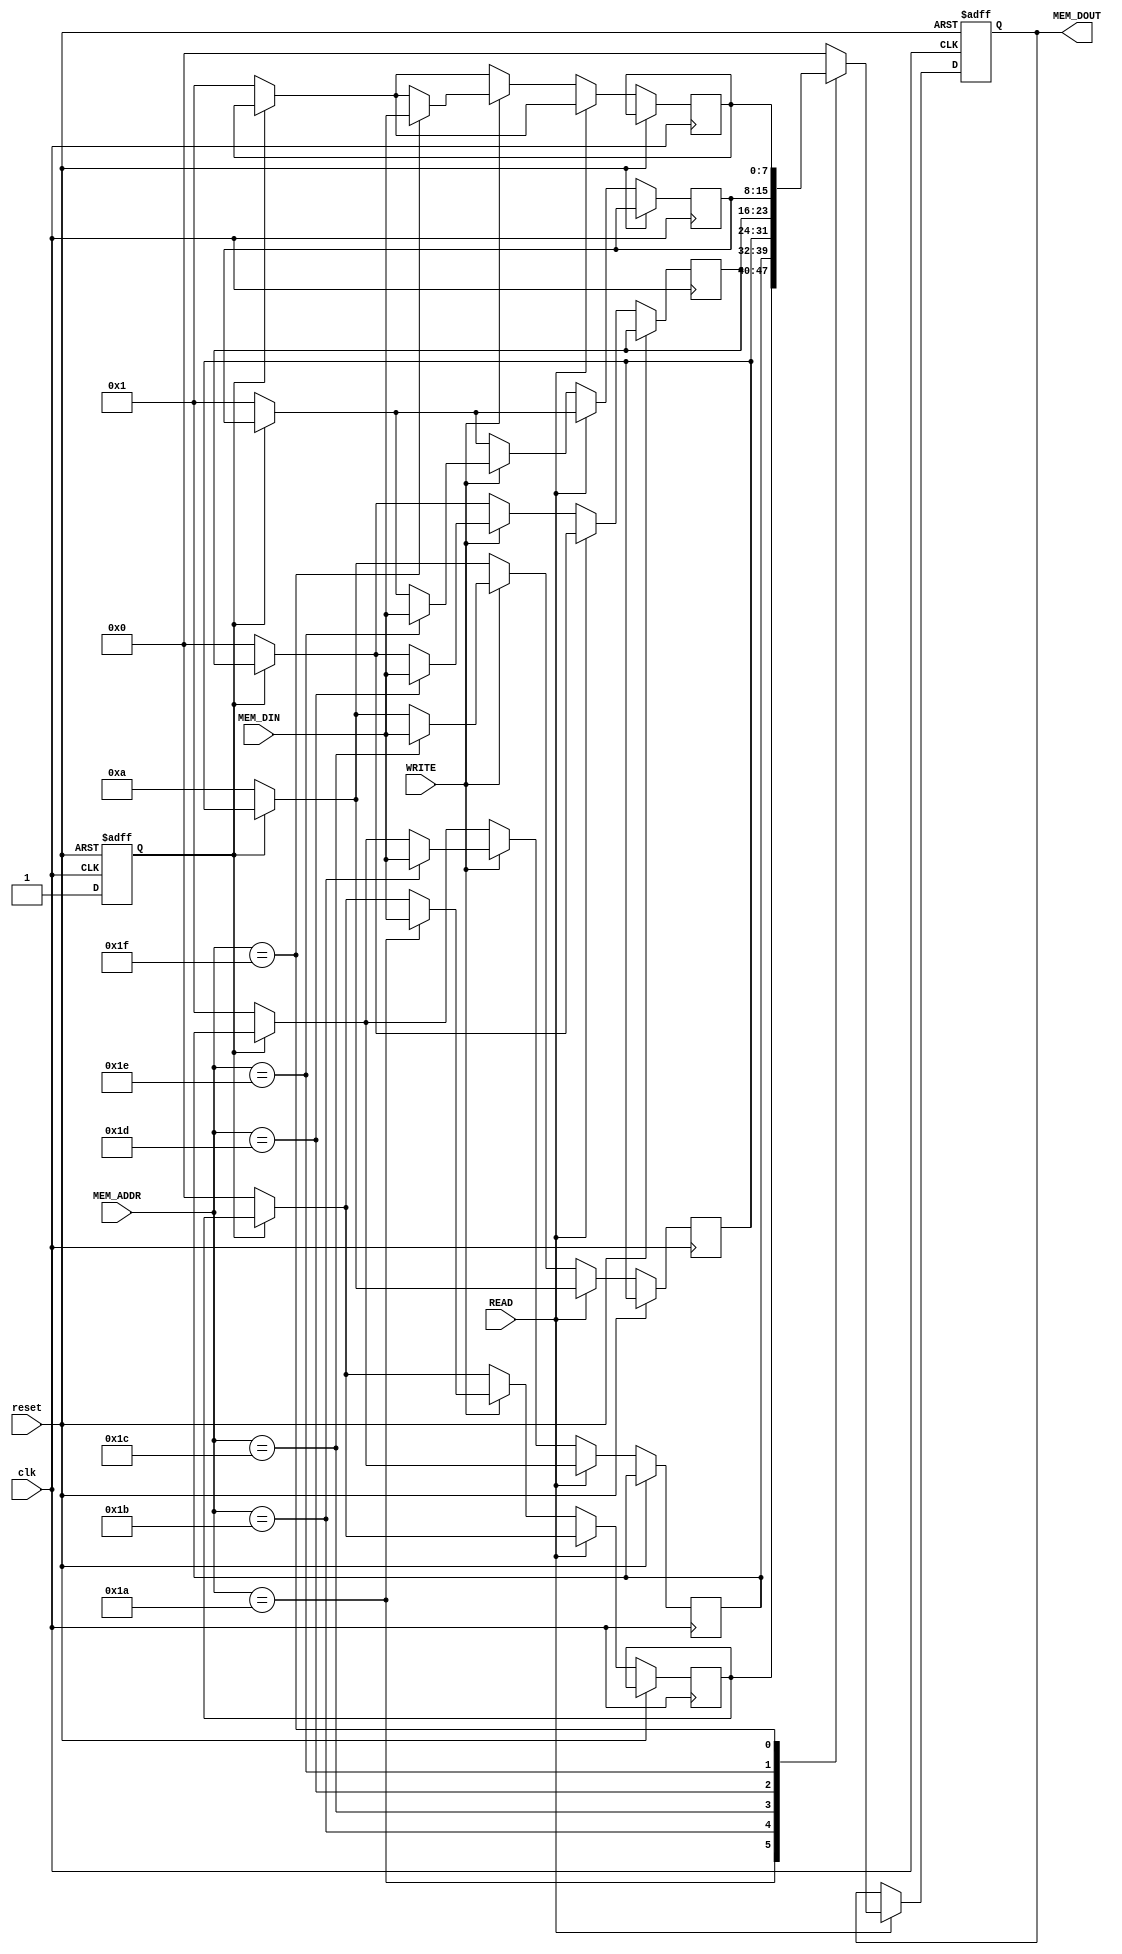
module dataram(reset,clk,READ,WRITE,MEM_ADDR,MEM_DIN,MEM_DOUT);

	input reset           ;
	input clk             ;
	input READ,WRITE      ;
	input [4:0] MEM_ADDR  ;
	input [7:0] MEM_DIN ;

	output [7:0] MEM_DOUT;

	reg [7:0] MEM_DOUT;
                  
	reg [7:0] tmp   ;
	reg [7:0] one   ;
	reg [7:0] last_n;
	reg [7:0] n     ;
	reg [7:0] xn1   ;
	reg [7:0] xn    ;
	reg temp        ;

always@(posedge reset or posedge clk) begin
	 if(reset) begin
		MEM_DOUT  <= 8'b0;
		temp      <= 0;
	 end
	 else begin
	 	if(temp == 0)begin
			tmp    <= 8'b0       ;
			one    <= 8'b00000001;
			last_n <= 8'b00001010;
			n      <= 8'b00000000;
			xn1    <= 8'b00000001;
			xn     <= 8'b00000001;
			temp   <= 1;
		end
		if(READ)
				case(MEM_ADDR)
        			 5'b11010 : MEM_DOUT <= tmp        ;
       			 5'b11011 : MEM_DOUT <= one        ;
      			 5'b11100 : MEM_DOUT <= last_n     ;
       			 5'b11101 : MEM_DOUT <= n          ;
       			 5'b11110 : MEM_DOUT <= xn1        ;
       			 5'b11111 : MEM_DOUT <= xn         ;
       			 default  : MEM_DOUT <= 8'b00000000;
      		endcase
		else if(WRITE)
				case(MEM_ADDR)
					5'b11010 : tmp    <= MEM_DIN; 
					5'b11011 : one    <= MEM_DIN;
					5'b11100 : last_n <= MEM_DIN;
					5'b11101 : n      <= MEM_DIN;
					5'b11110 : xn1    <= MEM_DIN;
					5'b11111 : xn     <= MEM_DIN;
				endcase
		end
 end
     
endmodule